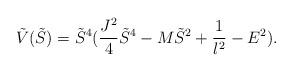
LaTeX: \begin{align*}\tilde{V}(\tilde{S})=\tilde{S}^4(\frac{J^2}{4}\tilde{S}^4-M\tilde{S}^2+\frac{1}{l^2}-E^2).\end{align*}